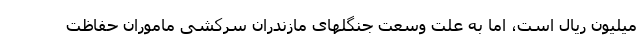
میلیون ریال است، اما به علت وسعت جنگلهای مازندران سرکشی ماموران حفاظت